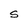
Character: S